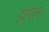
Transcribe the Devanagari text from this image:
झेपेल